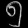
Digit: ၅